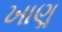
ખાણૢ